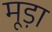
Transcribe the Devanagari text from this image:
मूड़ा